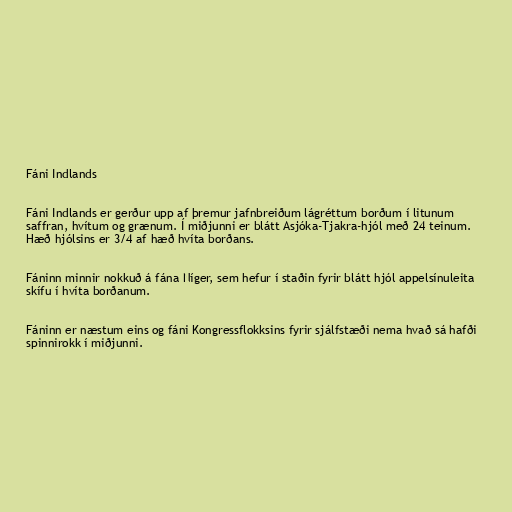
Fáni Indlands

Fáni Indlands er gerður upp af þremur jafnbreiðum lágréttum borðum í litunum
saffran, hvítum og grænum. Í miðjunni er blátt Asjóka-Tjakra-hjól með 24 teinum.
Hæð hjólsins er 3/4 af hæð hvíta borðans.

Fáninn minnir nokkuð á fána Níger, sem hefur í staðin fyrir blátt hjól appelsínuleita
skífu í hvíta borðanum.

Fáninn er næstum eins og fáni Kongressflokksins fyrir sjálfstæði nema hvað sá hafði
spinnirokk í miðjunni.